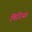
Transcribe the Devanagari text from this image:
पिरिया